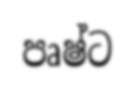
පෘෂ්ට